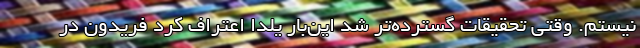
نیستم. وقتی تحقیقات گسترده‌تر شد این‌بار یلدا اعتراف کرد فریدون در